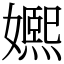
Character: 㜯